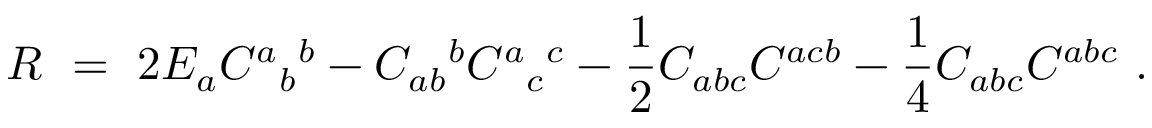
R \ = \ 2 E _ { a } C ^ { a } { } _ { b } { } ^ { b } - C _ { a b } { } ^ { b } C ^ { a } { } _ { c } { } ^ { c } - \frac 1 2 C _ { a b c } C ^ { a c b } - \frac 1 4 C _ { a b c } C ^ { a b c } ~ .